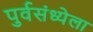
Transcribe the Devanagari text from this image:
पुर्वसंध्येला